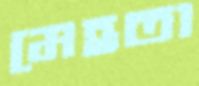
মেহতা